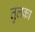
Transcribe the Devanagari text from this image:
तुलका